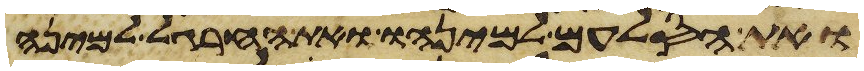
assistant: ואת הסלעם למינהו ואת החרגל למינה